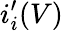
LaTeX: i_{i}^{\prime}(V)